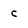
Character: c